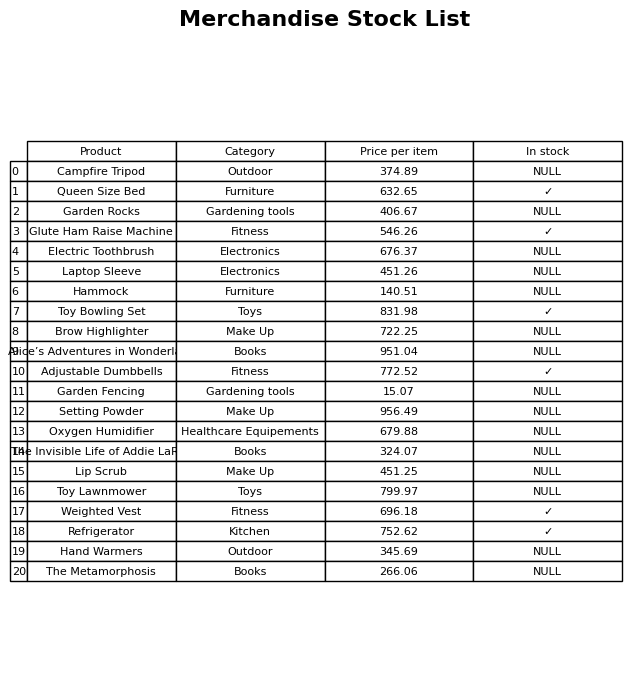
question: What is the price of the Alice’s Adventures in Wonderland?
answer: The price of Alice’s Adventures in Wonderland is 951.04.